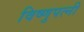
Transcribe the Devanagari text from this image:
विष्णुपत्नी